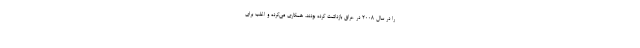
را در سال ۲۰۰۸ در عراق بازداشت کرده بودند، همکاری می‌کرده و اغلب برای